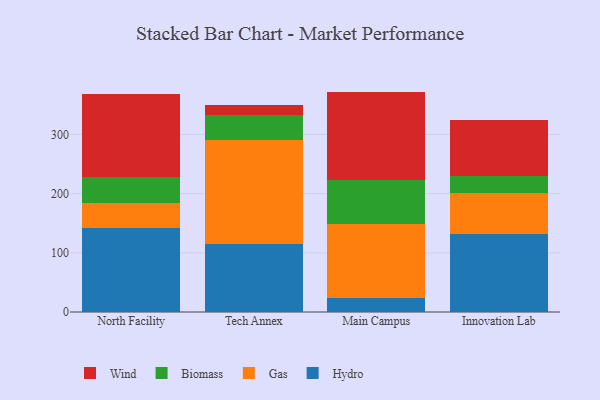
{"axis": {"x": "Campus", "y": "Bounce Rate (%)"}, "legend": ["Biomass", "Gas", "Hydro", "Wind"], "data": [{"x": "North Facility", "y": 142.4, "type": "Hydro"}, {"x": "North Facility", "y": 41.7, "type": "Gas"}, {"x": "North Facility", "y": 43.2, "type": "Biomass"}, {"x": "North Facility", "y": 140.7, "type": "Wind"}, {"x": "Tech Annex", "y": 114.5, "type": "Hydro"}, {"x": "Tech Annex", "y": 176.5, "type": "Gas"}, {"x": "Tech Annex", "y": 42.2, "type": "Biomass"}, {"x": "Tech Annex", "y": 17.4, "type": "Wind"}, {"x": "Main Campus", "y": 23.0, "type": "Hydro"}, {"x": "Main Campus", "y": 125.4, "type": "Gas"}, {"x": "Main Campus", "y": 74.1, "type": "Biomass"}, {"x": "Main Campus", "y": 149.9, "type": "Wind"}, {"x": "Innovation Lab", "y": 132.1, "type": "Hydro"}, {"x": "Innovation Lab", "y": 69.1, "type": "Gas"}, {"x": "Innovation Lab", "y": 28.9, "type": "Biomass"}, {"x": "Innovation Lab", "y": 94.2, "type": "Wind"}]}